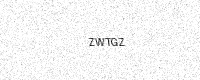
Text: ZWTGZ